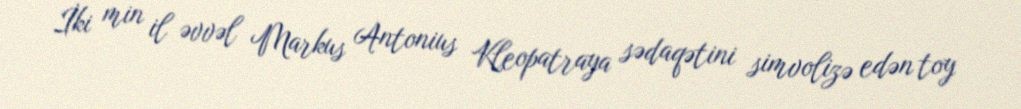
İki min il əvvəl Markus Antonius Kleopatraya sədaqətini simvolizə edən toy